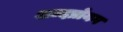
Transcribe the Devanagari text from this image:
शब्दप्रोयग